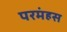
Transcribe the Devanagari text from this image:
परमंहस